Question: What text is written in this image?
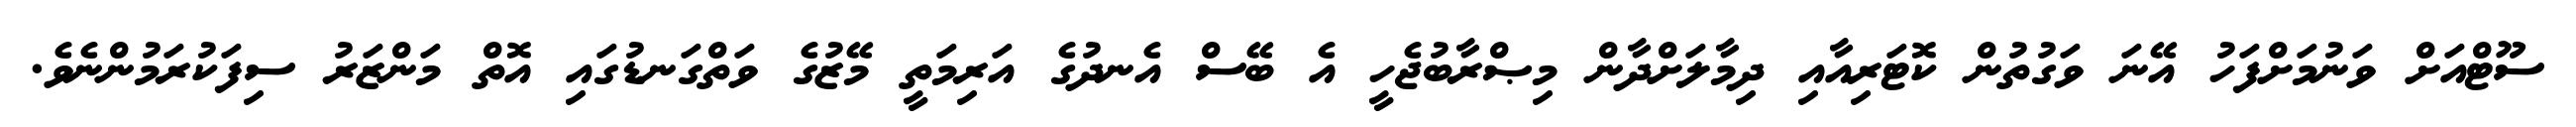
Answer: ސޫޓްއަށް ވަނުމަށްފަހު އޭނަ ވަގުތުން ކޮޓަރިއާއި ދިމާލަށްދާން މިޞްރާބުޖެހީ އެ ބޭސް އެނދުގެ އަރިމަތީ މޭޒުގެ ވަތްގަނޑުގައި އޮތް މަންޒަރު ސިފަކުރަމުންނެވެ.